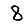
Digit: 8